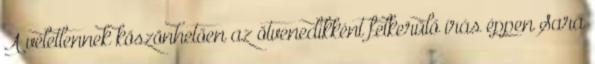
A véletlennek köszönhetően az ötvenedikként felkerülő írás éppen Sara